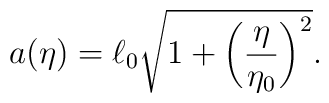
a(\eta )=\ell _0\sqrt{1+\biggl(\frac{\eta }{\eta_0}\biggr)^2}.